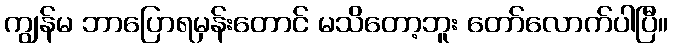
ကျွန်မ ဘာပြောရမှန်းတောင် မသိတော့ဘူး တော်လောက်ပါပြီ။